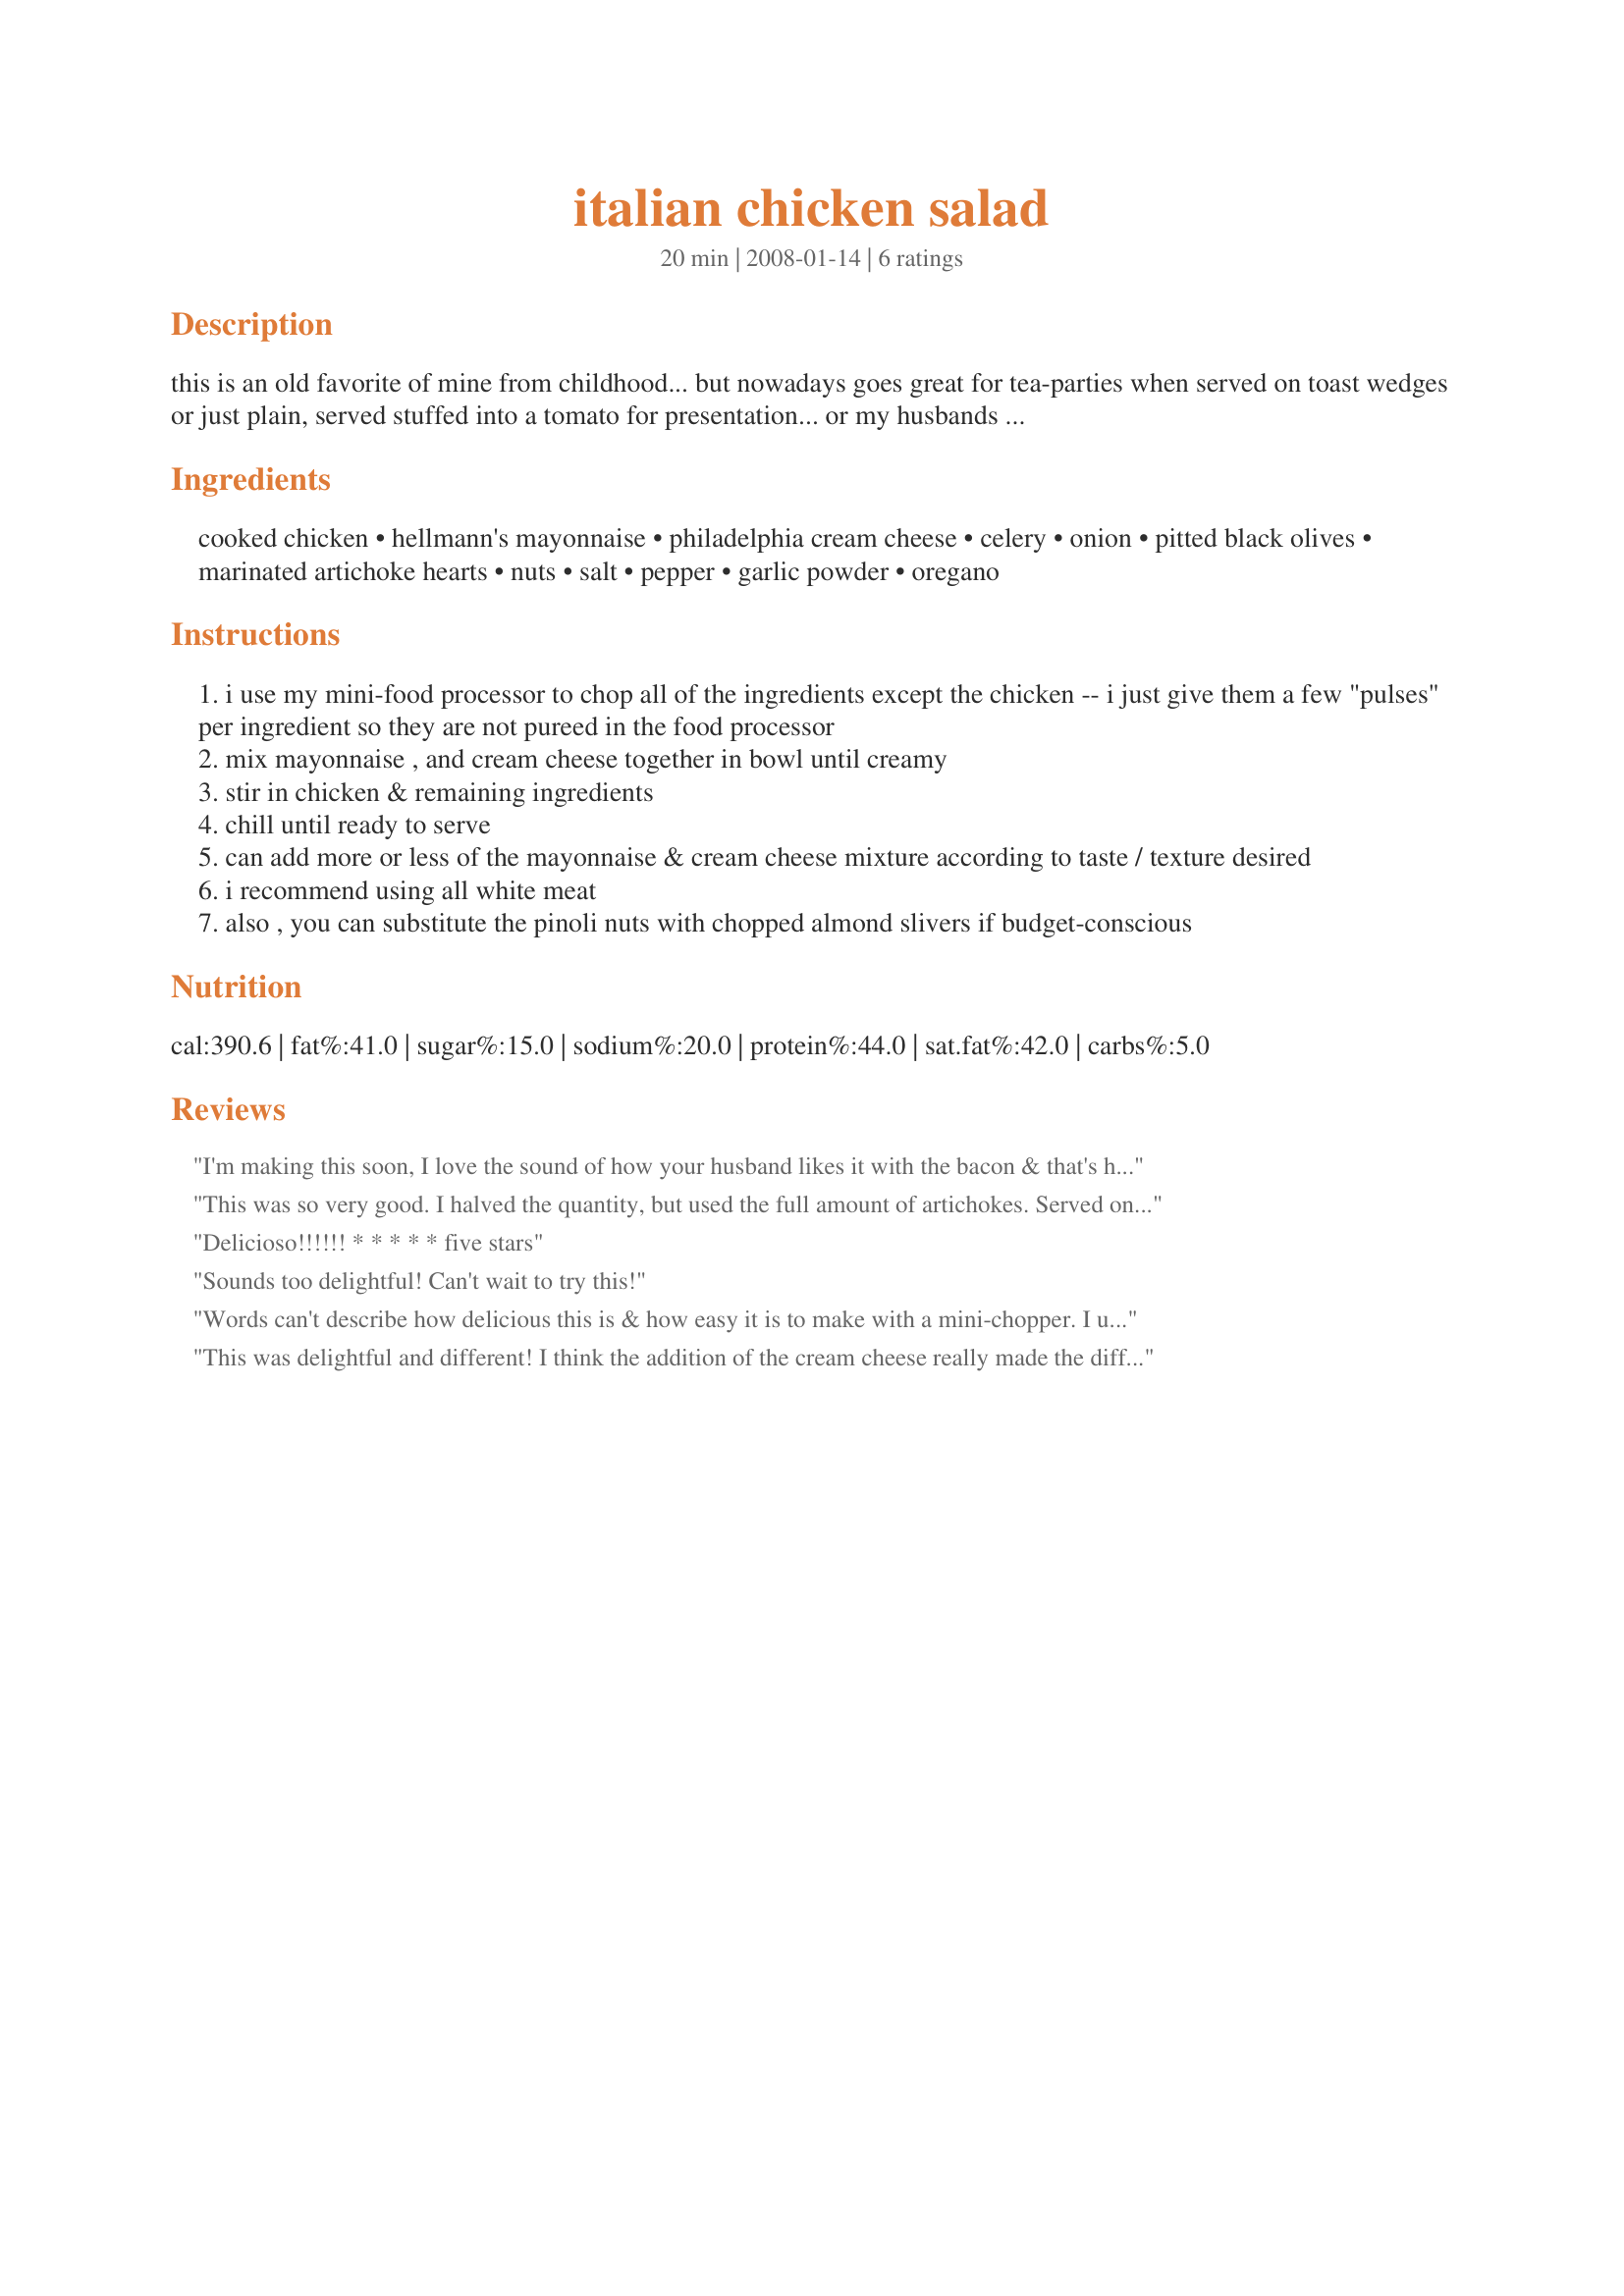
italian chicken salad
Preparation time: 20 minutes

this is an old favorite of mine from childhood... but nowadays goes great for tea-parties when served on toast wedges or just plain, served stuffed into a tomato for presentation... or my husbands favorite way: sandwich style topped with a few pieces of crisp bacon with a slice of avocado between two pieces of white bread!
this is great for using up leftovers from rotisserie chicken...

Ingredients:
cooked chicken, hellmann's mayonnaise, philadelphia cream cheese, celery, onion, pitted black olives, marinated artichoke hearts, nuts, salt, pepper, garlic powder, oregano

Steps:
i use my mini-food processor to chop all of the ingredients except the chicken -- i just give them a few "pulses" per ingredient so they are not pureed in the food processor
mix mayonnaise , and cream cheese together in bowl until creamy
stir in chicken & remaining ingredients
chill until ready to serve
can add more or less of the mayonnaise & cream cheese mixture according to taste / texture desired
i recommend using all white meat
also , you can substitute the pinoli nuts with chopped almond slivers if budget-conscious

Reviews:
I'm making this soon, I love the sound of how your husband likes it with the bacon & that's how I will make it.
This was so very good. I halved the quantity, but used the full amount of artichokes. Served on a bed of lettuce it was a great dinner for a hot summer's day.
Delicioso!!!!!! * * * * * five stars
Sounds too delightful! Can't wait to try this!
Words can't describe how delicious this is & how easy it is to make with a mini-chopper. I used that for everything & made recipe with leftover whole chicken. This would be great for brunch. I was dying to have this on a croissant for some reason but had to settle for wheat toast! This was very very tasty.
This was delightful and different! I think the addition of the cream cheese really made the difference, and all the other ingredients really blended nicely together. I have not seen a chicken salad recipe like this before, but I will definitely be making this again! Made for Zaar Alphabet Soup Tag Game.
